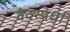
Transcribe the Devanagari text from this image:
वेदस्पर्धा